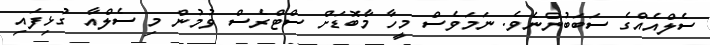
ސެލްއެއްގެ ސަބަބުންނެވެ. ނަމަވެސް މީހާ މާބޮޑަށް ސްޓްރެސް ވުމުން މި ސެލްއާ ގުޅިފައި